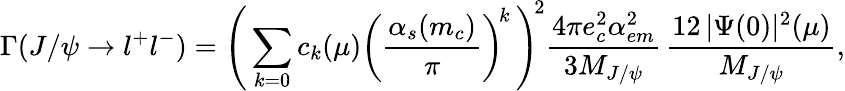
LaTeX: \Gamma(J/\psi\to l^{+}l^{-})=\left(\, \sum_{k=0}c_{k}(\mu)\left(\frac{\alpha_{s}(m_{c})}{\pi}\right)^{\! k}\, \right)^{\! 2}\frac{4\pi e_{c}^{2}\alpha_{em}^{2}}{3M_{J/\psi}}\, \frac{12\, |\Psi(0)|^{2}(\mu)}{M_{J/\psi}},